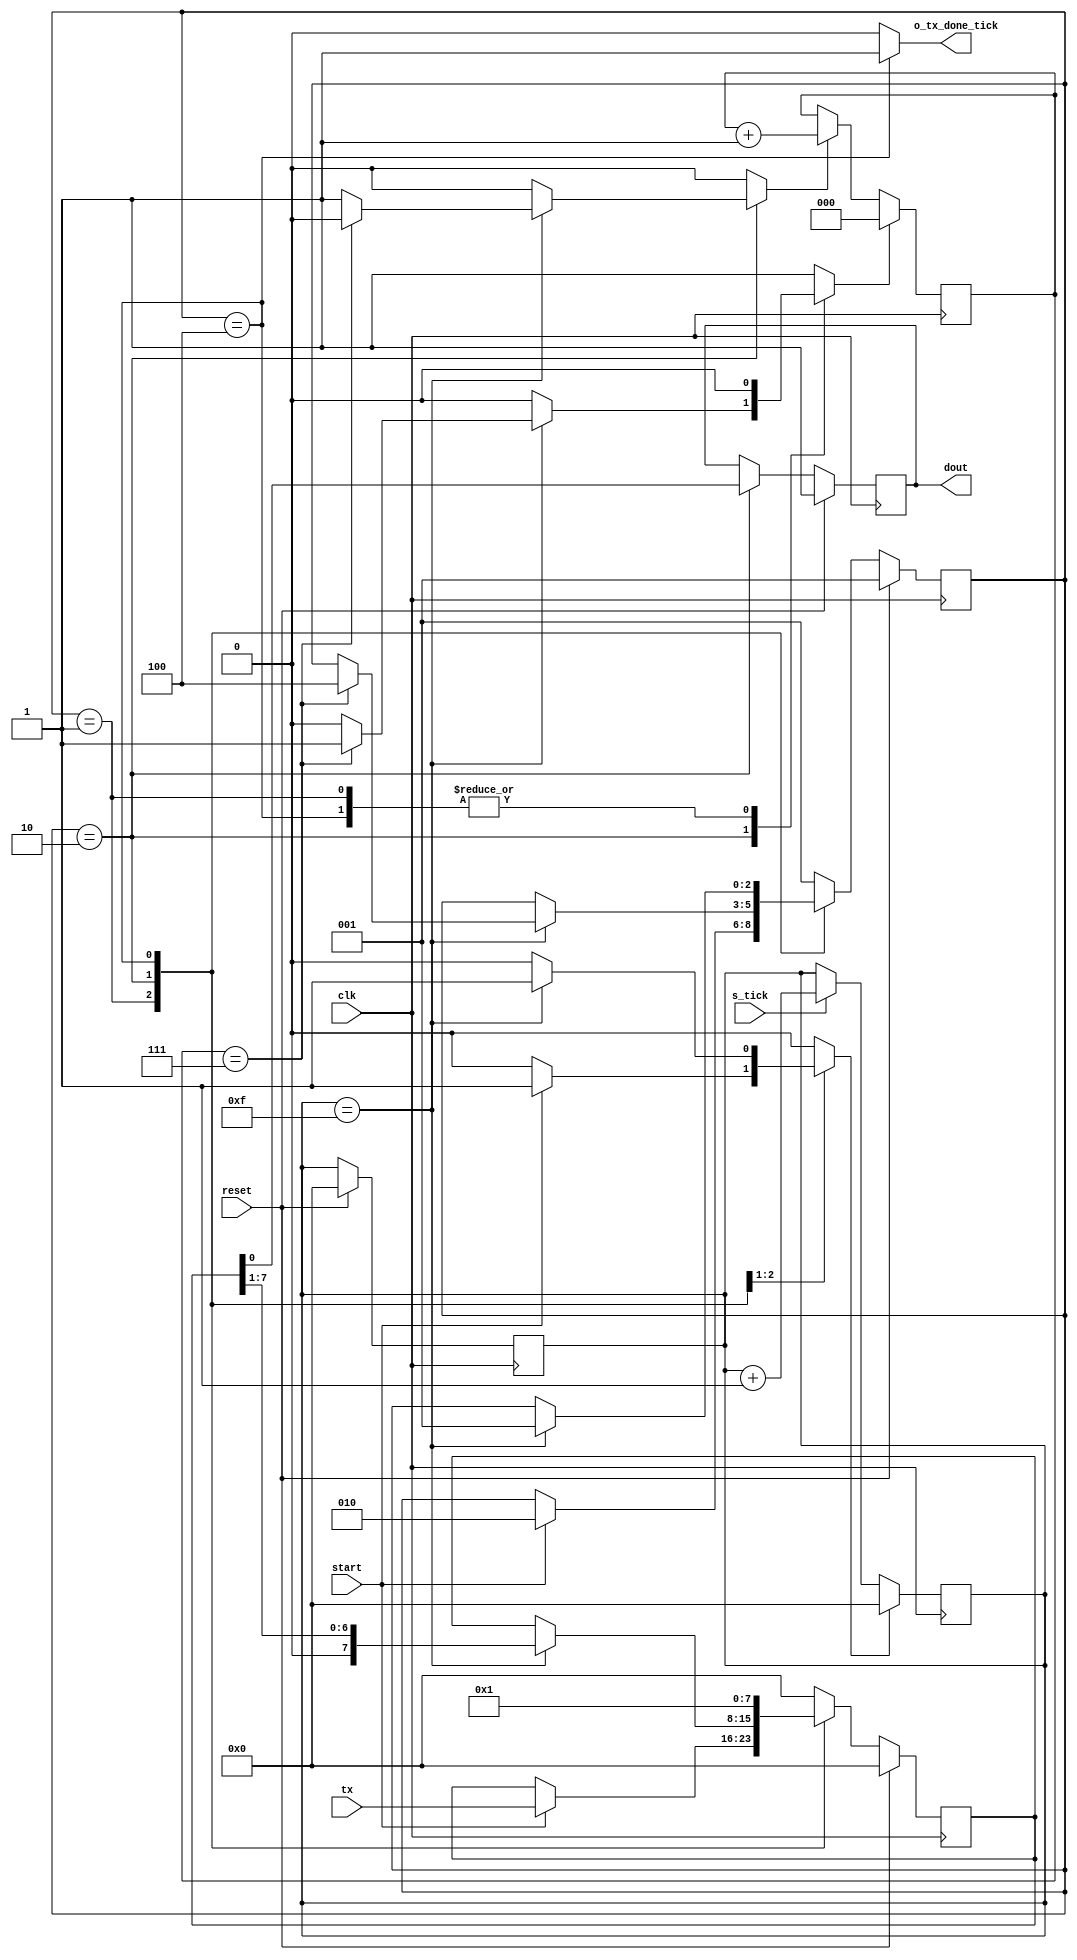
`timescale 10ns / 1ps
//////////////////////////////////////////////////////////////////////////////////
// Company: 
// Engineer: 
// 
// Create Date: 
// Design Name: 
// Module Name: Tx
// Project Name: 
// Target Devices: 
// Tool Versions: 
// Description: 
// 
// Dependencies: 
// 
// Revision:
// Revision 0.01 - File Created
// Additional Comments:
// 
//////////////////////////////////////////////////////////////////////////////////


module Tx
  #(
    parameter N_DATA = 8,
    parameter N_STOP = 1,
    parameter BAUDRATE = 19200,
    parameter CLOCK = 50000000,
    parameter TICK_RATE = CLOCK / (BAUDRATE * 16),
    parameter N_TICK_COUNTER = $clog2(TICK_RATE),
    parameter N_DATA_COUNTER = $clog2(N_DATA)                  
    )
   (
    output wire dout,
    output reg o_tx_done_tick,
    input wire clk,
    input wire s_tick,
    input wire [N_DATA - 1 : 0] tx,
    input wire start,
    input wire reset
    );
  
    localparam N_STATES = 3;
    localparam N_TICKS = 16;
    localparam N_STOP_TICKS = N_STOP * N_TICKS;
   
    localparam [N_STATES - 1 : 0] IDLE = 3'b001;
    localparam [N_STATES - 1 : 0] DATA = 3'b010;
    localparam [N_STATES - 1 : 0] STOP = 3'b100;

    reg [N_STATES - 1 : 0] state;
    reg [N_STATES - 1 : 0] state_next;

    reg [N_TICK_COUNTER - 1 : 0] tick_counter;
    reg reset_tick_counter;
    
    reg [N_DATA - 1 : 0] data;
    reg [N_DATA - 1 : 0] data_next;
    reg [N_DATA_COUNTER - 1 : 0] data_bit_counter;
    reg reset_data_counter;
    reg data_counter_flag;
    
    reg bit;
    reg bit_next;
    
  
    always @(posedge clk) begin
        if(reset)begin
            state           <= IDLE;
            tick_counter    <= 0;
            data            <= 0;
            bit             <= 1'b1;
        end
        else begin
            state <= state_next;
            data <= data_next;
            bit <= bit_next;
        end
    end
    
    always @ (posedge clk) begin
        if (reset_tick_counter)
            tick_counter <= 0;
        else if (s_tick)
            tick_counter <= tick_counter + 1;
    end

    always @ (posedge clk)
    begin
        if (reset_data_counter)
            data_bit_counter <= 0;
        else if(data_counter_flag)
            data_bit_counter <= data_bit_counter + 1;
    end

    always @(*) begin
        state_next = state;
        data_next = data;
        reset_tick_counter = 0;
        reset_data_counter = 0;
        data_counter_flag = 0;
        bit_next = bit;
        o_tx_done_tick = 0;

        case(state)
            IDLE: begin
                if(start) begin
                    state_next = DATA;
                    reset_tick_counter = 1;
                    data_next = tx;
                end
            end
            DATA: begin
                bit_next = data[0];
                if(tick_counter == 15) begin
                    data_next = data >> 1;   
                    reset_tick_counter = 1; 
                    if( data_bit_counter == N_DATA - 1 ) begin
                        state_next = STOP;
                        reset_data_counter = 1;
                    end
                    else
                        data_counter_flag = 1;
                end
            end
            STOP: begin
                data_next = 1;
                if( tick_counter == N_STOP_TICKS - 1 ) 
                    state_next = IDLE;
                    o_tx_done_tick = 1'b1;
            end
            default: begin
                state_next = IDLE;
                data_next = 0;
                reset_data_counter = 1;
            end
        endcase
    end
    
    assign dout = bit;
  
endmodule